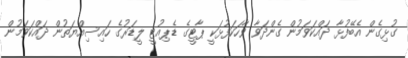
ގުޅިގެން އެބޭފުޅާ ދައްކަވަމުން ގެންދަވާ ވާހަކަފުޅަކީ ޕާޓީގެ ޑެޕިއުޓީ ލީޑަރުގެ ހައިސިއްޔަތުން ދައްކަވަމުން